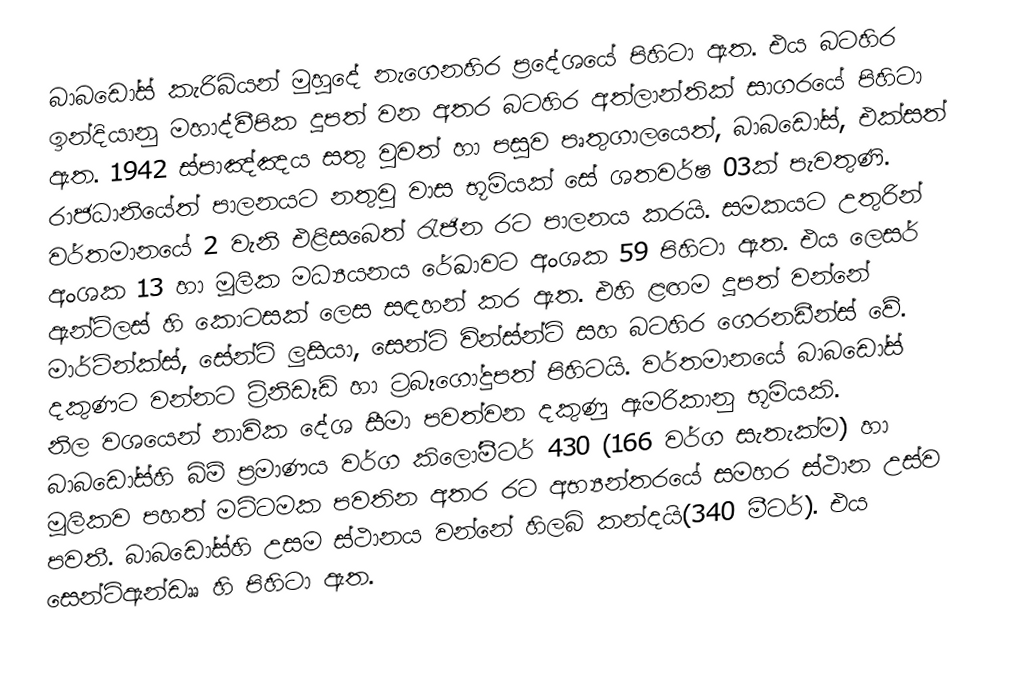
බාබඩෝස් කැරිබියන් මුහුදේ නැගෙනහිර ප්‍රදේශයේ පිහිටා ඇත. එය බටහිර ඉන්දියානු මහාද්වීපික දූපත් වන අතර බටහිර අත්ලාන්තික් සාගරයේ පිහිටා ඇත. 1942 ස්පාඤ්ඤය සතු වුවත් හා පසුව පෘතුගාලයෙත්, බාබඩෝස්, එක්සත් රාජධානියේත් පාලනයට නතුවු වාස භූමියක් සේ ශතවර්ෂ 03ක් පැවතුණි. වර්තමානයේ 2 වැනි එළිසබෙත් රැජින රට පාලනය කරයි. සමකයට උතුරින්  අංශක 13 හා මූලික මධ්‍යයනය රේඛාවට  අංශක 59 පිහිටා ඇත. එය ලෙසර් ඇන්ටිලස් හි කොටසක් ලෙස සඳහන් කර ඇත. එහි ළඟම දූපත් වන්නේ මාර්ටින්ක්ස්, සේන්ට් ලුසියා, සෙන්ට් වින්ස්න්ට් සහ බටහිර ගෙරනඩීන්ස් වේ. දකුණට වන්නට ට්‍රිනිඩෑඩ් හා ට්‍රබෑගෝදුපත් පිහිටයි. වර්තමානයේ බාබඩෝස් නිල වශයෙන් නාවික දේශ සීමා පවත්වන දකුණු ඇමරිකානු භූමියකි.  බාබඩෝස්හි බිම් ප්‍රමාණය වර්ග කිලෝමීටර් 430 (166 වර්ග සැතැක්ම) හා මූලිකව පහත් මට්ටමක පවතින අතර රට අභ්‍යන්තරයේ සමහර ස්ථාන උස්ව පවතී. බාබඩෝස්හි උසම ස්ථානය වන්නේ හිලබි කන්දයි(340 මීටර්). එය සෙන්ට්ඇන්ඩෲ හි පිහිටා ඇත.